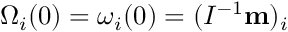
\Omega _ { i } ( 0 ) = \omega _ { i } ( 0 ) = ( I ^ { - 1 } { \bf m } ) _ { i }